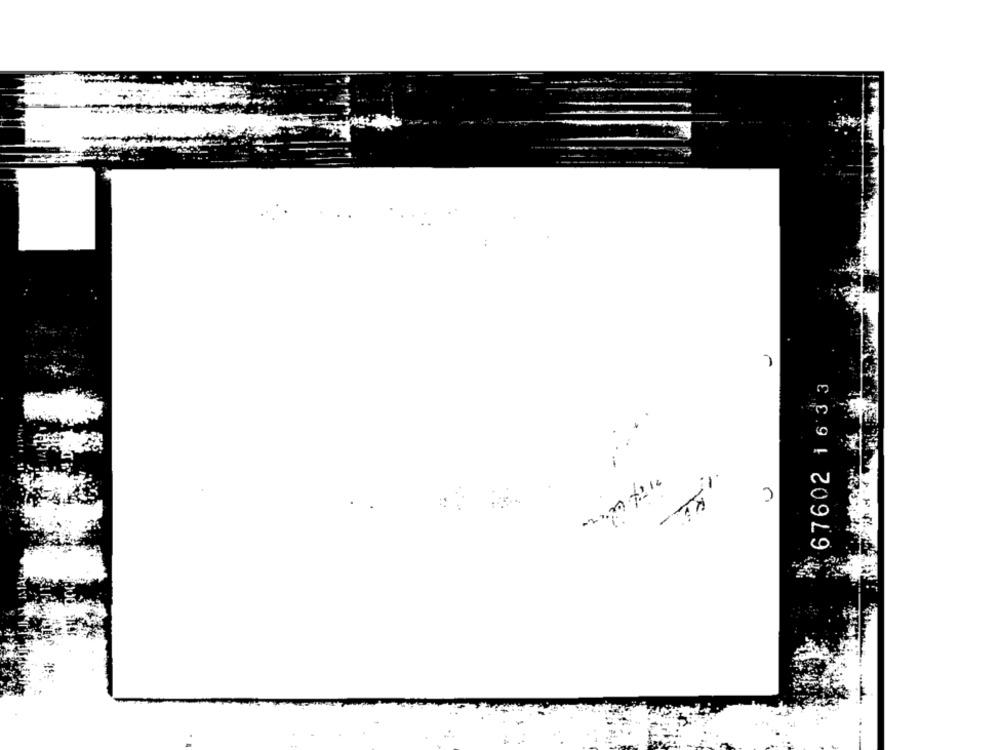
67602 1633